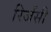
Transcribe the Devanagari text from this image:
रिजेंसी